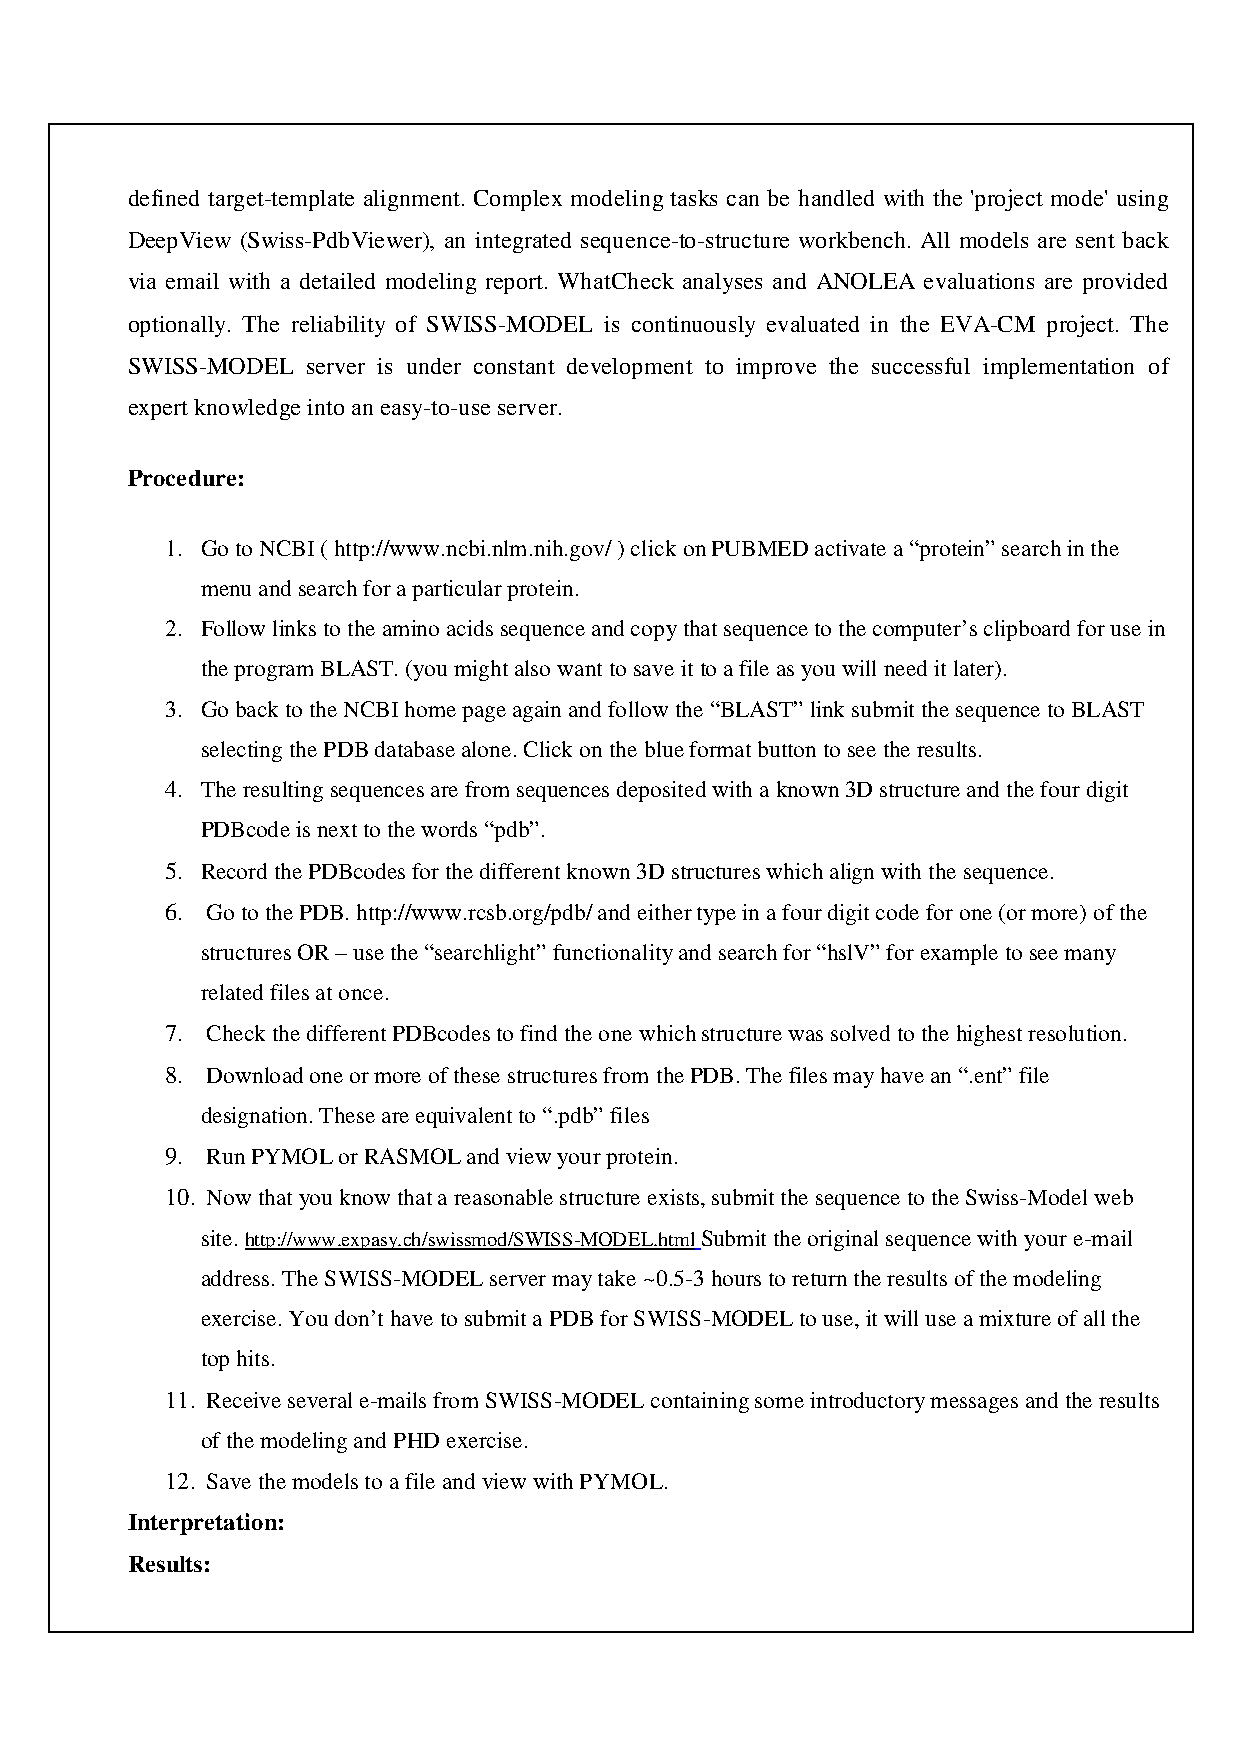
defined target-template alignment. Complex modeling tasks can be handled with the 'project mode' using
 DeepView (Swiss-PdbViewer), an integrated sequence-to-structure workbench. All models are sent back
 via email with a detailed modeling report. WhatCheck analyses and ANOLEA evaluations are provided
 optionally. The reliability of SWISS-MODEL is continuously evaluated in the EVA-CM project. The
 SWISS-MODEL server is under constant development to improve the successful implementation of
 expert knowledge into an easy-to-use server.
 Procedure:
 1. Go to NCBI ( http://www.ncbi.nlm.nih.gov/ ) click on PUBMED activate a “protein” search in the
 menu and search for a particular protein.
 2. Follow links to the amino acids sequence and copy that sequence to the computer’s clipboard for use in
 the program BLAST. (you might also want to save it to a file as you will need it later).
 3. Go back to the NCBI home page again and follow the “BLAST” link submit the sequence to BLAST
 selecting the PDB database alone. Click on the blue format button to see the results.
 4. The resulting sequences are from sequences deposited with a known 3D structure and the four digit
 PDBcode is next to the words “pdb”.
 5. Record the PDBcodes for the different known 3D structures which align with the sequence.
 6. Go to the PDB. http://www.rcsb.org/pdb/ and either type in a four digit code for one (or more) of the
 structures OR – use the “searchlight” functionality and search for “hslV” for example to see many
 related files at once.
 7. Check the different PDBcodes to find the one which structure was solved to the highest resolution.
 8. Download one or more of these structures from the PDB. The files may have an “.ent” file
 designation. These are equivalent to “.pdb” files
 9. Run PYMOL or RASMOL and view your protein.
 10. Now that you know that a reasonable structure exists, submit the sequence to the Swiss-Model web
 site. http://www.expasy.ch/swissmod/SWISS-MODEL.html Submit the original sequence with your e-mail
 address. The SWISS-MODEL server may take ~0.5-3 hours to return the results of the modeling
 exercise. You don’t have to submit a PDB for SWISS-MODEL to use, it will use a mixture of all the
 top hits.
 11. Receive several e-mails from SWISS-MODEL containing some introductory messages and the results
 of the modeling and PHD exercise.
 12. Save the models to a file and view with PYMOL.
 Interpretation:
 Results: